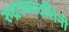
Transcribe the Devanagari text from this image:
रुद्रएकादशिनी